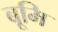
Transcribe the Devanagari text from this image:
बूमि